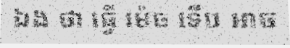
ឯង ថា ធ្វើ ម៉េច ទើប អាច